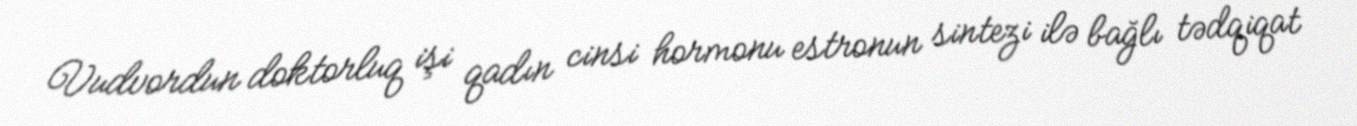
Vudvordun doktorluq işi qadın cinsi hormonu estronun sintezi ilə bağlı tədqiqat